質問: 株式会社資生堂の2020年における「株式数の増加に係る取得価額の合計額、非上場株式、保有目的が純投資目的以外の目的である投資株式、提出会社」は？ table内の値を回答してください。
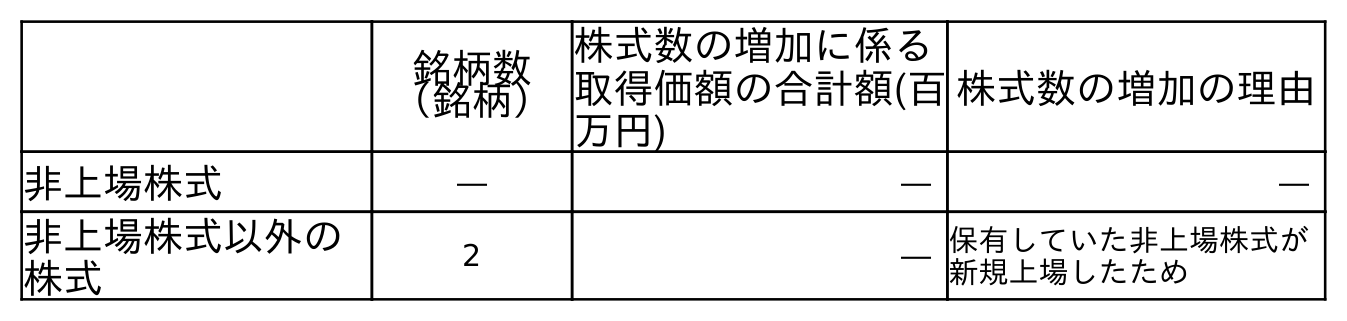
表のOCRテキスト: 銘柄数 （銘柄） 株式数の増加に係る 取得価額の合計額(百 万円) 株式数の増加の理由 非上場株式 ― ― ― 非上場株式以外の 株式 2 ― 保有していた非上場株式が 新規上場したため
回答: ―